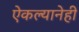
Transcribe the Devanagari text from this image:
ऐकल्यानेही